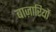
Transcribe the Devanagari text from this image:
बाज़ारियों